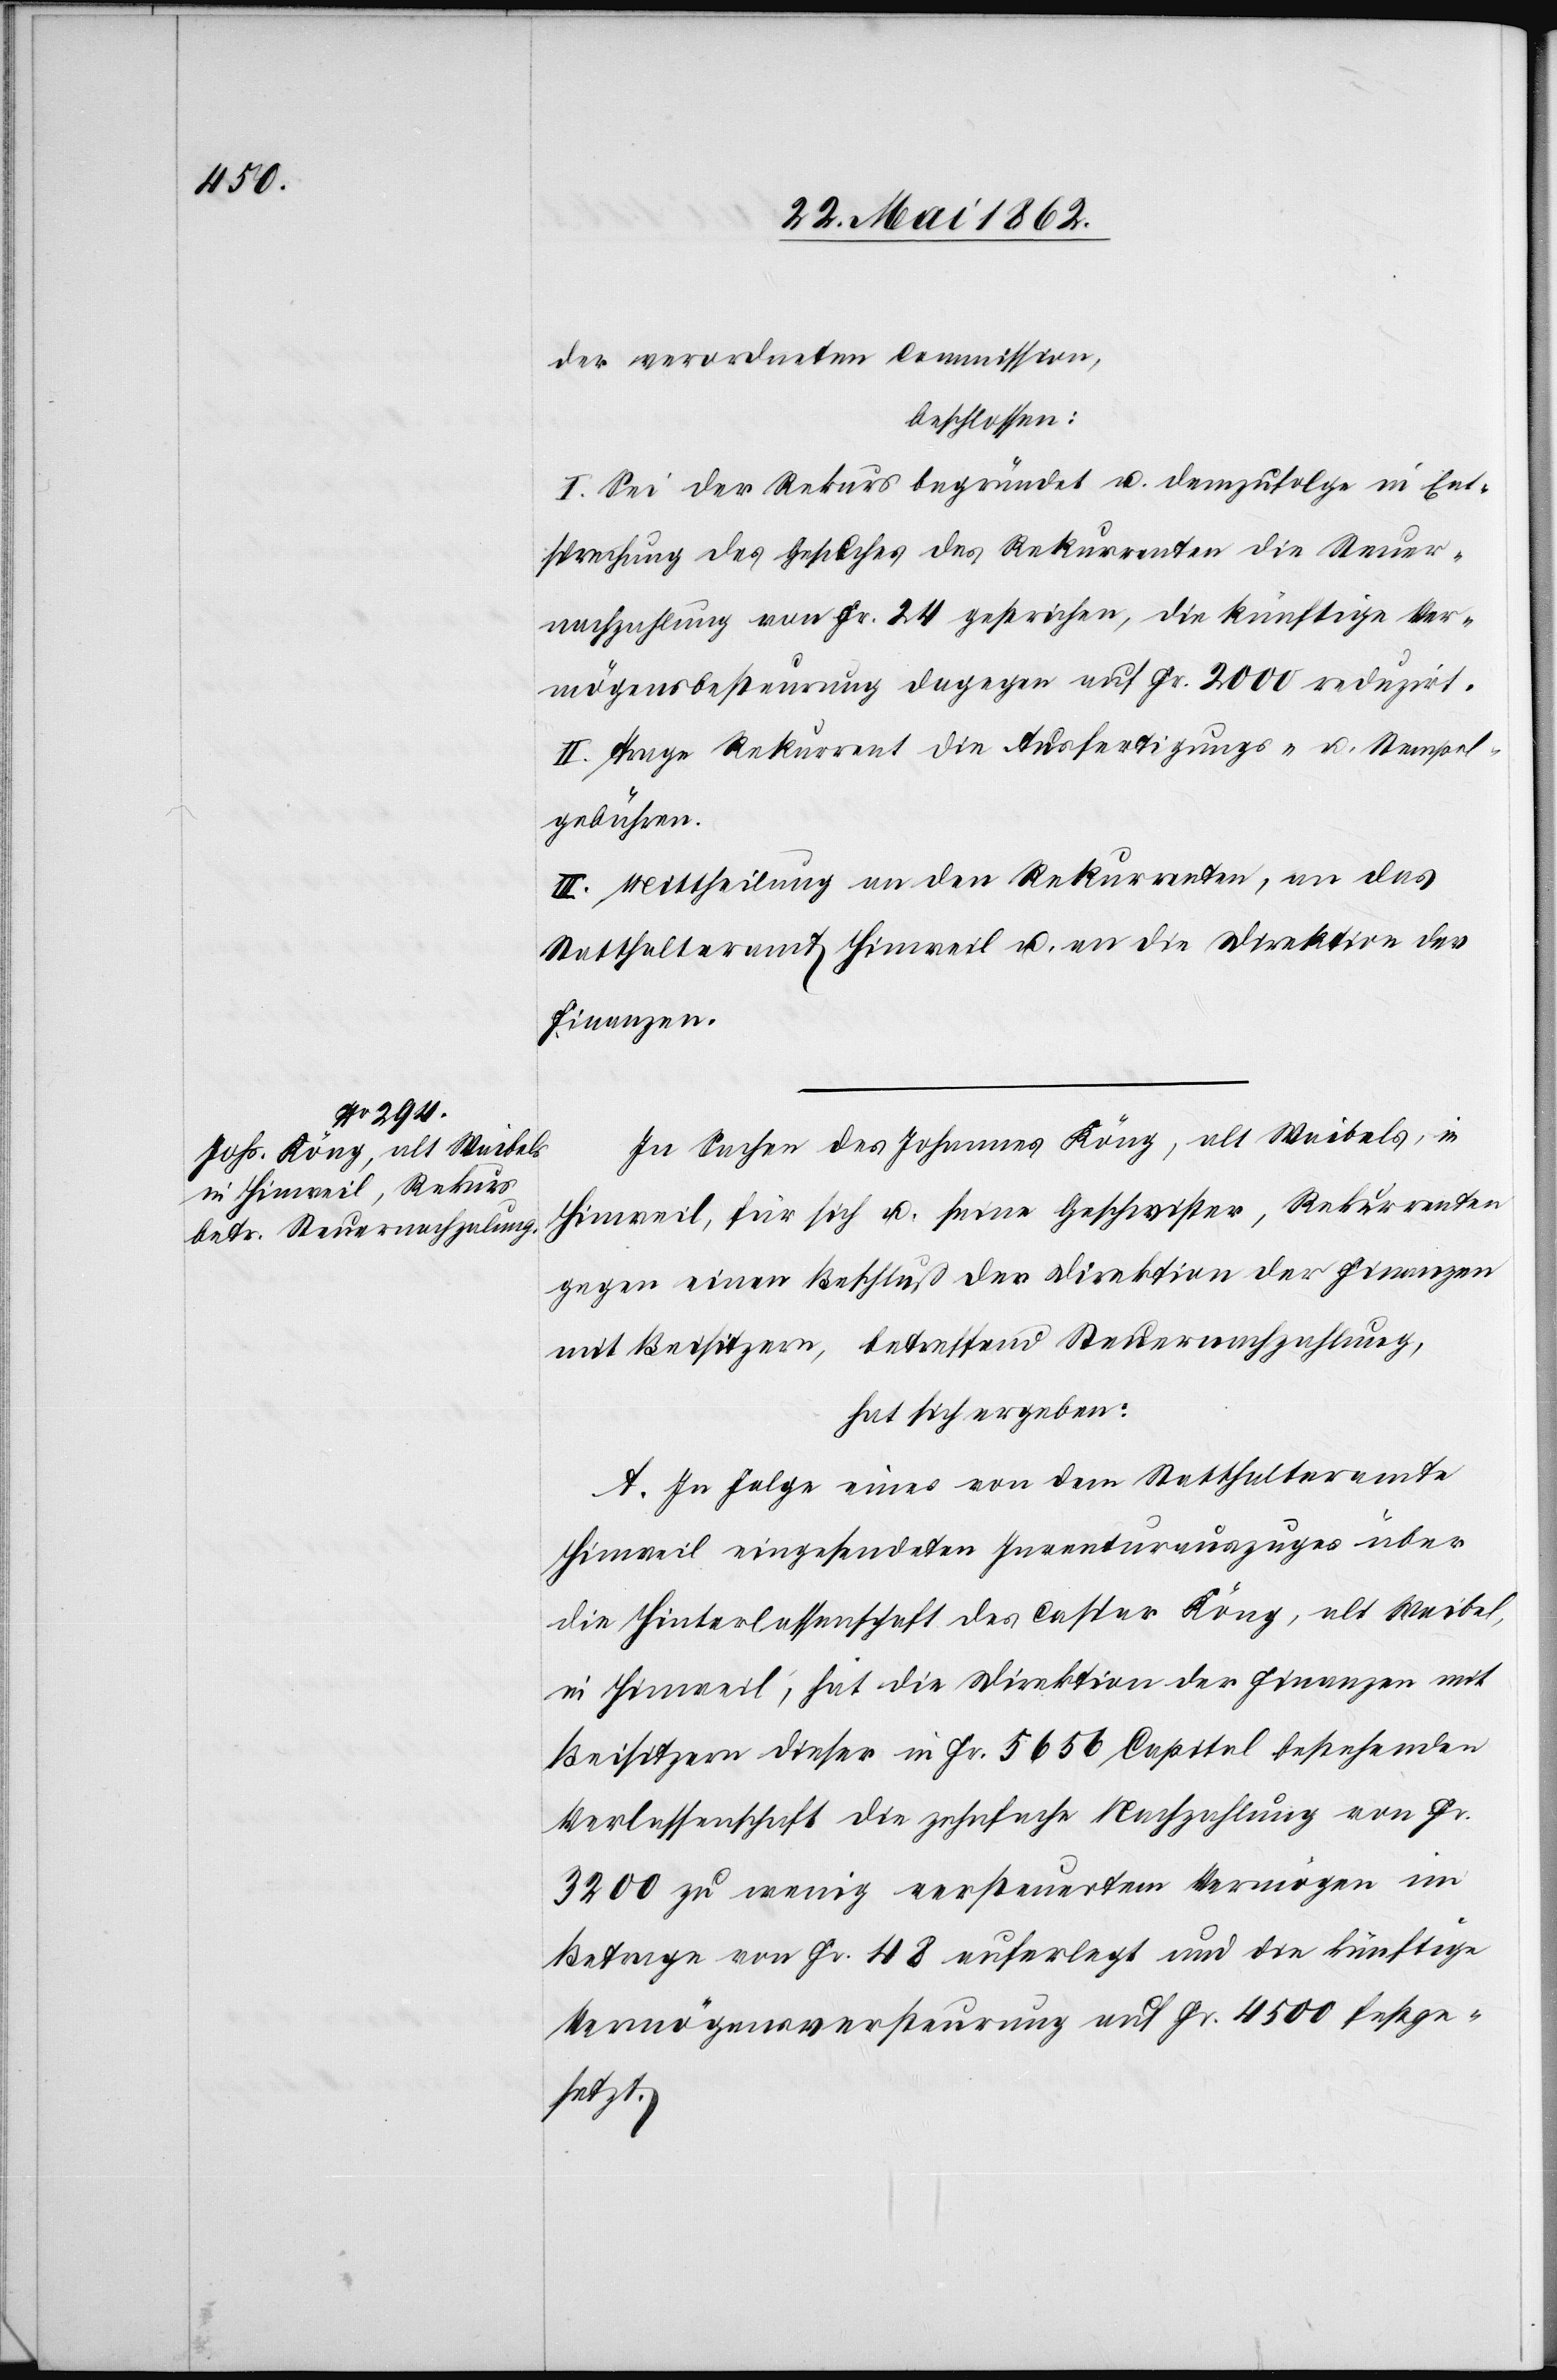
der verordneten Commission,
beschlossen:
I. Sei der Rekurs begründet u. demzufolge in Ent¬
sprechung des Gesuches des Rekurrenten die Steuer¬
nachzahlung von Fr. 24 gestrichen, die künftige Ver¬
mögensbesteuerung dagegen auf Fr. 2000 reduzirt.
II. Trage Rekurrent die Ausfertigungs- u. Stempel¬
gebühren.
III. Mittheilung an den Rekurrenten, an das
Statthalteramt Hinweil u. an die Direktion der
Finanzen.
In Sachen des Johannes Köng, alt Waibels, in
Hinweil, für sich u. seine Geschwister, Rekurrenten
gegen einen Beschluß der Direktion der Finanzen
mit Beisitzern, betreffend Steuernachzahlung,
hat sich ergeben:
A. In Folge eines von dem Statthalteramte
Hinweil eingesendeten Inventurauszuges über
die Hinterlassenschaft des Caspar Köng, alt Waibel,
in Hinweil, hat die Direktion der Finanzen mit
Beisitzern dieser in Fr. 5656 Capitel bestehenden
Verlassenschaft die zehnfache Nachzahlung von Fr.
3200 zu wenig versteuertem Vermögen im
Betrage von Fr. 48 auferlegt und die künftige
Vermögensversteurung auf Fr. 4500 festge¬
setzt.